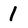
Character: 1